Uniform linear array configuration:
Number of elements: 24
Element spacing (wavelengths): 0.75
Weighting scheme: binomial
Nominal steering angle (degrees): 60
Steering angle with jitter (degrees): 58.849
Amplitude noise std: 0.05
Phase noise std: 0.05

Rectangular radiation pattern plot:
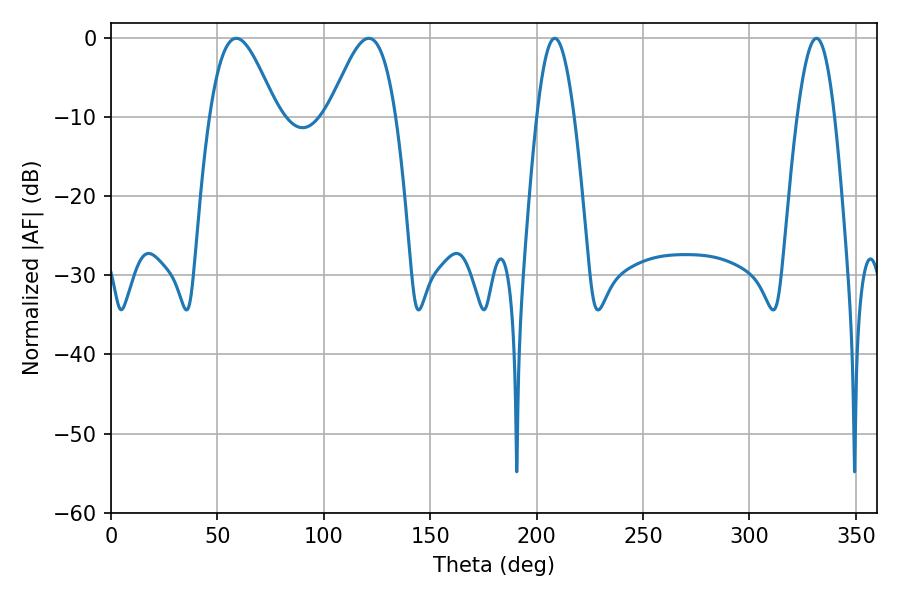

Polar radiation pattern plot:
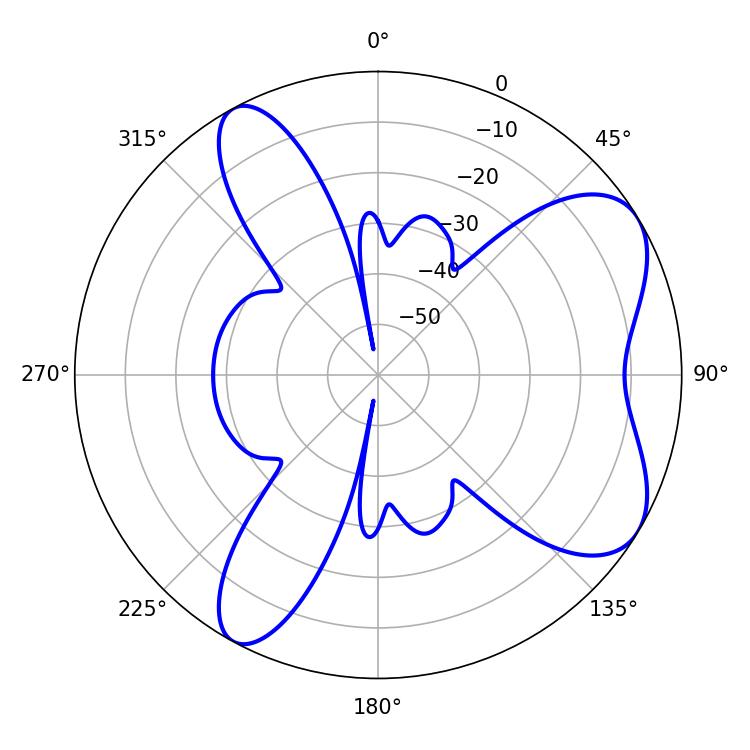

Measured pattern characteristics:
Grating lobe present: TRUE
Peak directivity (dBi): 6.851
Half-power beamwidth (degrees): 16.92
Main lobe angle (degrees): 58.86